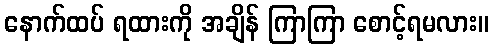
နောက်ထပ် ရထားကို အချိန် ကြာကြာ စောင့်ရမလား။